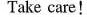
Take care!